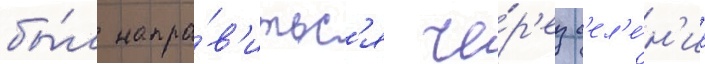
бы́л напра́в'итьс'я че́р'ез с'ел'е́н'ие